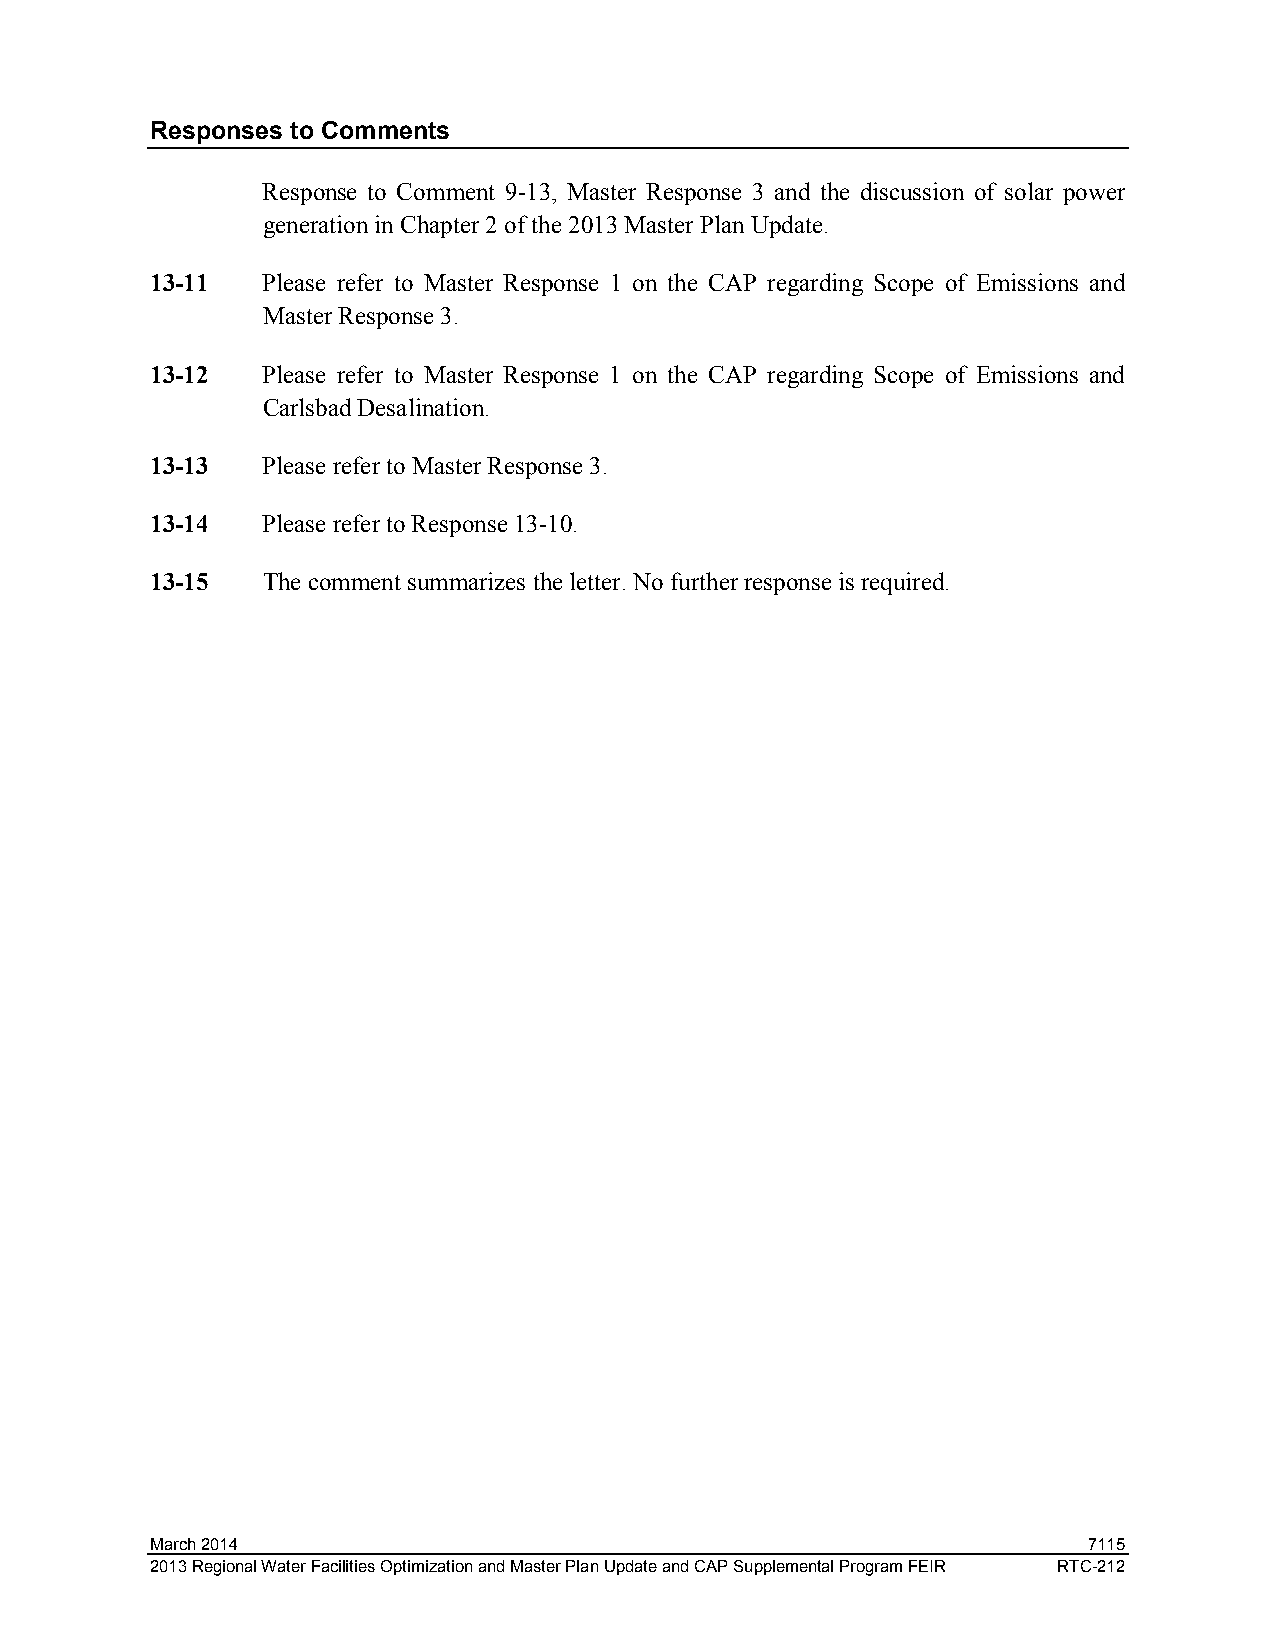
Responses to Comments
 Response to Comment 9-13, Master Response 3 and the discussion of solar power
 generation in Chapter 2 of the 2013 Master Plan Update.
 13-11  Please refer to Master Response 1 on the CAP regarding Scope of Emissions and
 Master Response 3.
 13-12  Please refer to Master Response 1 on the CAP regarding Scope of Emissions and
 Carlsbad Desalination.
 13-13  Please refer to Master Response 3.
 13-14  Please refer to Response 13-10.
 13-15  The comment summarizes the letter. No further response is required.
 March 2014                                                    7115
 2013 Regional Water Facilities Optimization and Master Plan Update and CAP Supplemental Program FEIR RTC-212